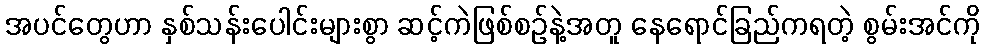
အပင်တွေဟာ နှစ်သန်းပေါင်းများစွာ ဆင့်ကဲဖြစ်စဉ်နဲ့အတူ နေရောင်ခြည်ကရတဲ့ စွမ်းအင်ကို